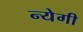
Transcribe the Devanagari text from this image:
न्येगी